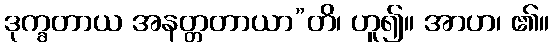
ဒုက္ခတာယ အနတ္တတာယာ”တိ၊ ဟူ၍။ အာဟ၊ ၏။